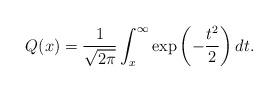
LaTeX: \begin{align*} Q(x)=\frac{1}{\sqrt{2\pi}}\int_x^{\infty} \exp\left(-\frac{t^2}{2}\right)dt.\end{align*}